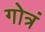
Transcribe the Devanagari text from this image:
गोत्रं